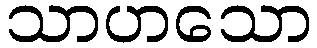
သာဟသော